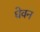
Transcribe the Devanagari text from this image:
घेवन